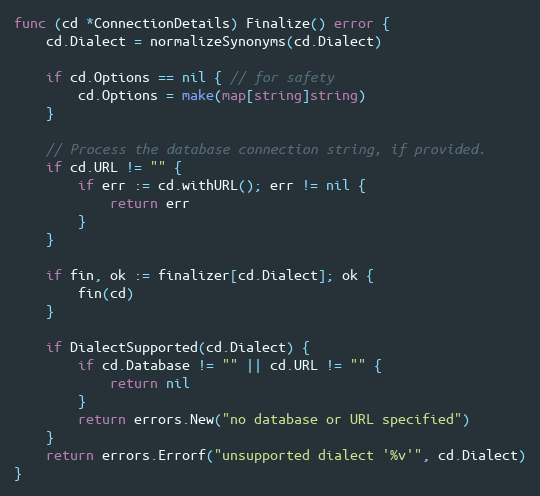
Language: Go
func (cd *ConnectionDetails) Finalize() error {
	cd.Dialect = normalizeSynonyms(cd.Dialect)

	if cd.Options == nil { // for safety
		cd.Options = make(map[string]string)
	}

	// Process the database connection string, if provided.
	if cd.URL != "" {
		if err := cd.withURL(); err != nil {
			return err
		}
	}

	if fin, ok := finalizer[cd.Dialect]; ok {
		fin(cd)
	}

	if DialectSupported(cd.Dialect) {
		if cd.Database != "" || cd.URL != "" {
			return nil
		}
		return errors.New("no database or URL specified")
	}
	return errors.Errorf("unsupported dialect '%v'", cd.Dialect)
}